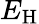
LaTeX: E_{\mathrm{H}}